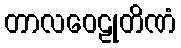
တာလဝေဠုတိဏံ